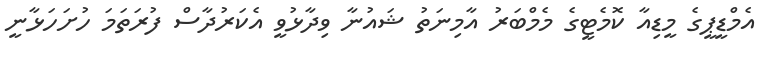
އެމްޑީޕީގެ މީޑިއާ ކޮމެޓީގެ މެމްބަރު އާމިނަތު ޝައުނާ ވިދާޅުވީ އެކަރުދާސް ފުރަތަމަ ހުށަހަޅާނީ